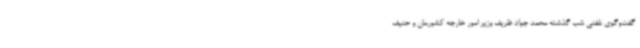
گفت‌وگوی تلفنی شب گذشته محمد جواد ظریف وزیر امور خارجه کشورمان و حنیف